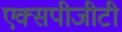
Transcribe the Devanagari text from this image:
एक्सपीजीटी